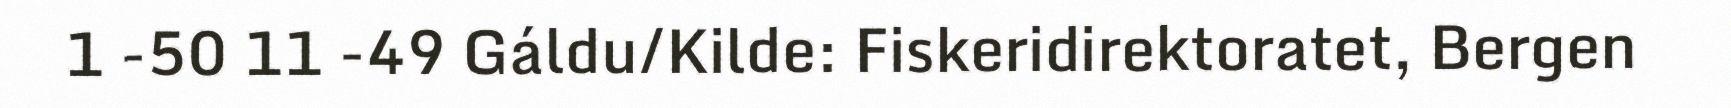
1 -50 11 -49 Gáldu/Kilde: Fiskeridirektoratet, Bergen